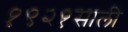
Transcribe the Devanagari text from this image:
१९२१साली